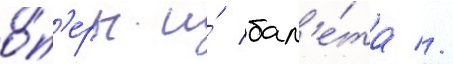
о́п'еры и́ бал'е́та //